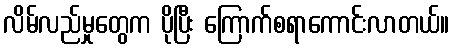
လိမ်လည်မှုတွေက ပိုပြီး ကြောက်စရာကောင်းလာတယ်။